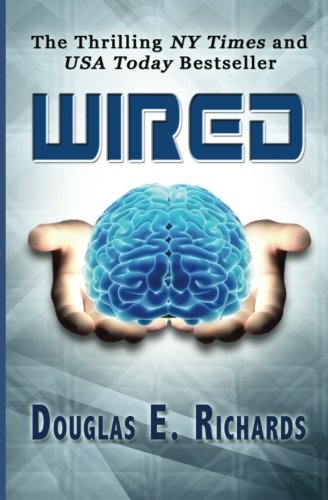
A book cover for Wired; Douglas E. Richards; Science Fiction & Fantasy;